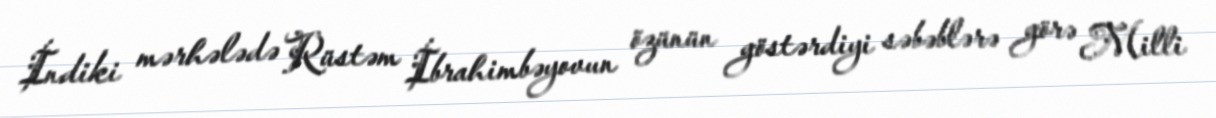
İndiki mərhələdə Rüstəm İbrahimbəyovun özünün göstərdiyi səbəblərə görə Milli